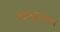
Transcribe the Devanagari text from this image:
महापुराणका